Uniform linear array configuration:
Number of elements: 8
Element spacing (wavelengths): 0.25
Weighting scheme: uniform
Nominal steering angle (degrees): -15
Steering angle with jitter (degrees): -15.813
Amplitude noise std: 0.05
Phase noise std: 0.05

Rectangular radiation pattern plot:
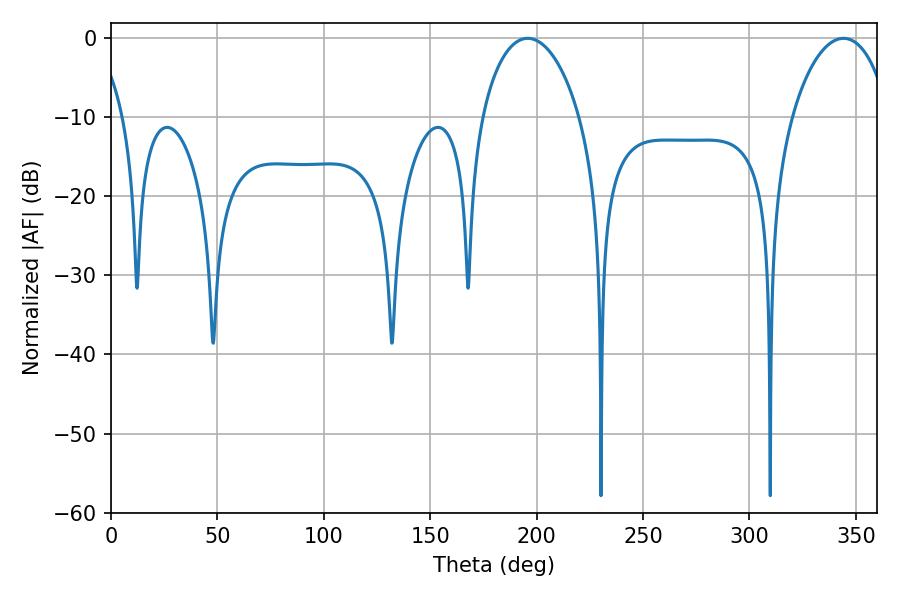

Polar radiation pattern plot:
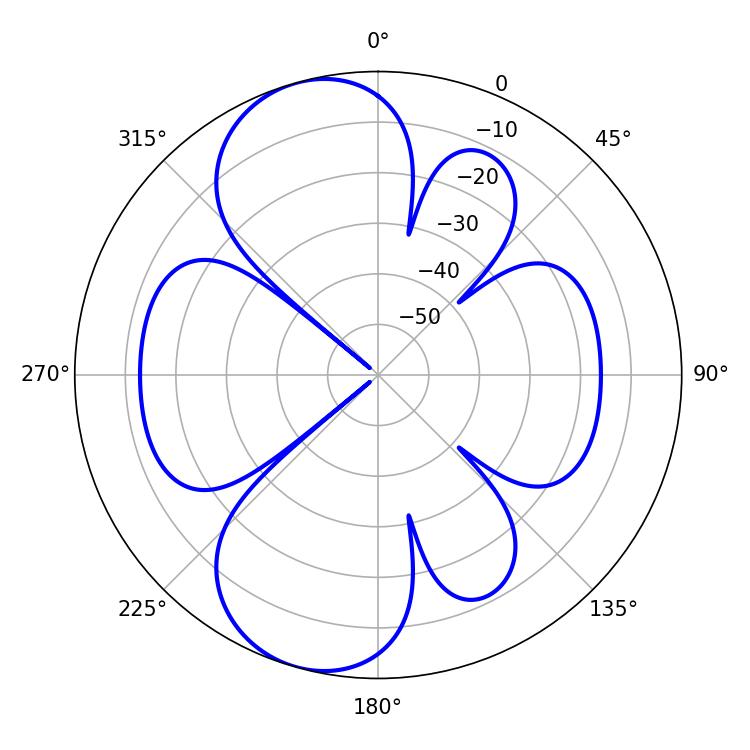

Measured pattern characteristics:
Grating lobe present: FALSE
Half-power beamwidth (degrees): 26.46
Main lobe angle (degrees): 195.84